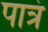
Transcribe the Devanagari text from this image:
पात्रं